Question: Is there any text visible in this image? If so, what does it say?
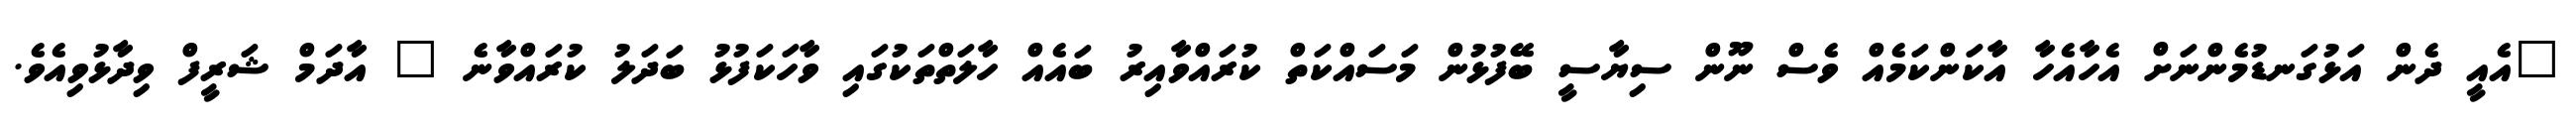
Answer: "އެއީ ދެން އަޅުގަނޑުމެންނަށް އެހާއެހާ އާކަންކަމެއް ވެސް ނޫން ސިޔާސީ ބޭފުޅުން މަސައްކަތް ކުރައްވާއިރު ބައެއް ހާލަތްތަކުގައި ވާހަކަފުޅު ބަދަލު ކުރައްވާނެ " އާދަމް ޝަރީފް ވިދާޅުވިއެވެ.